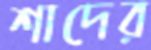
শাদের